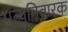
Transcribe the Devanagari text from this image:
मृत्युनिवारक